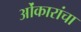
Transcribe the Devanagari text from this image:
ओंकारांचा